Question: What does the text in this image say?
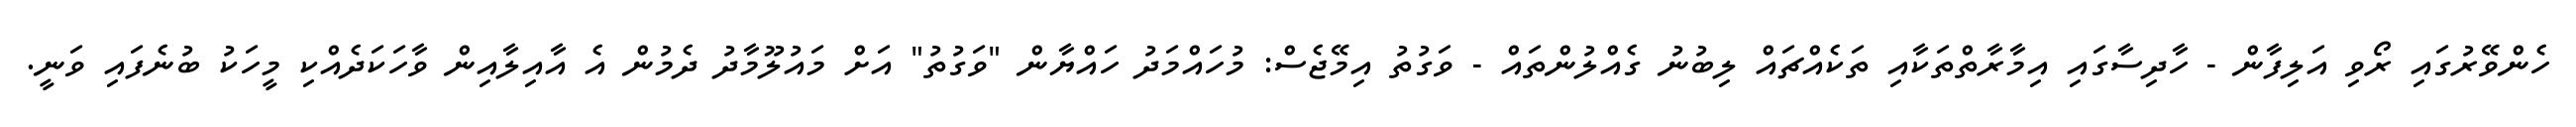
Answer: ހެންވޭރުގައި ރޯވި އަލިފާން - ހާދިސާގައި އިމާރާތްތަކާއި ތަކެއްޗައް ލިބުނު ގެއްލުންތައް - ވަގުތު އިމޭޖެސް: މުހައްމަދު ހައްޔާން "ވަގުތު" އަށް މައުލޫމާދު ދެމުން އެ އާއިލާއިން ވާހަކަދެއްކި މީހަކު ބުނެފައި ވަނީ.